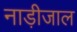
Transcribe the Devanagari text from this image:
नाड़ीजाल